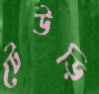
টেউড়ি